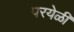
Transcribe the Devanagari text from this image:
परयेळी